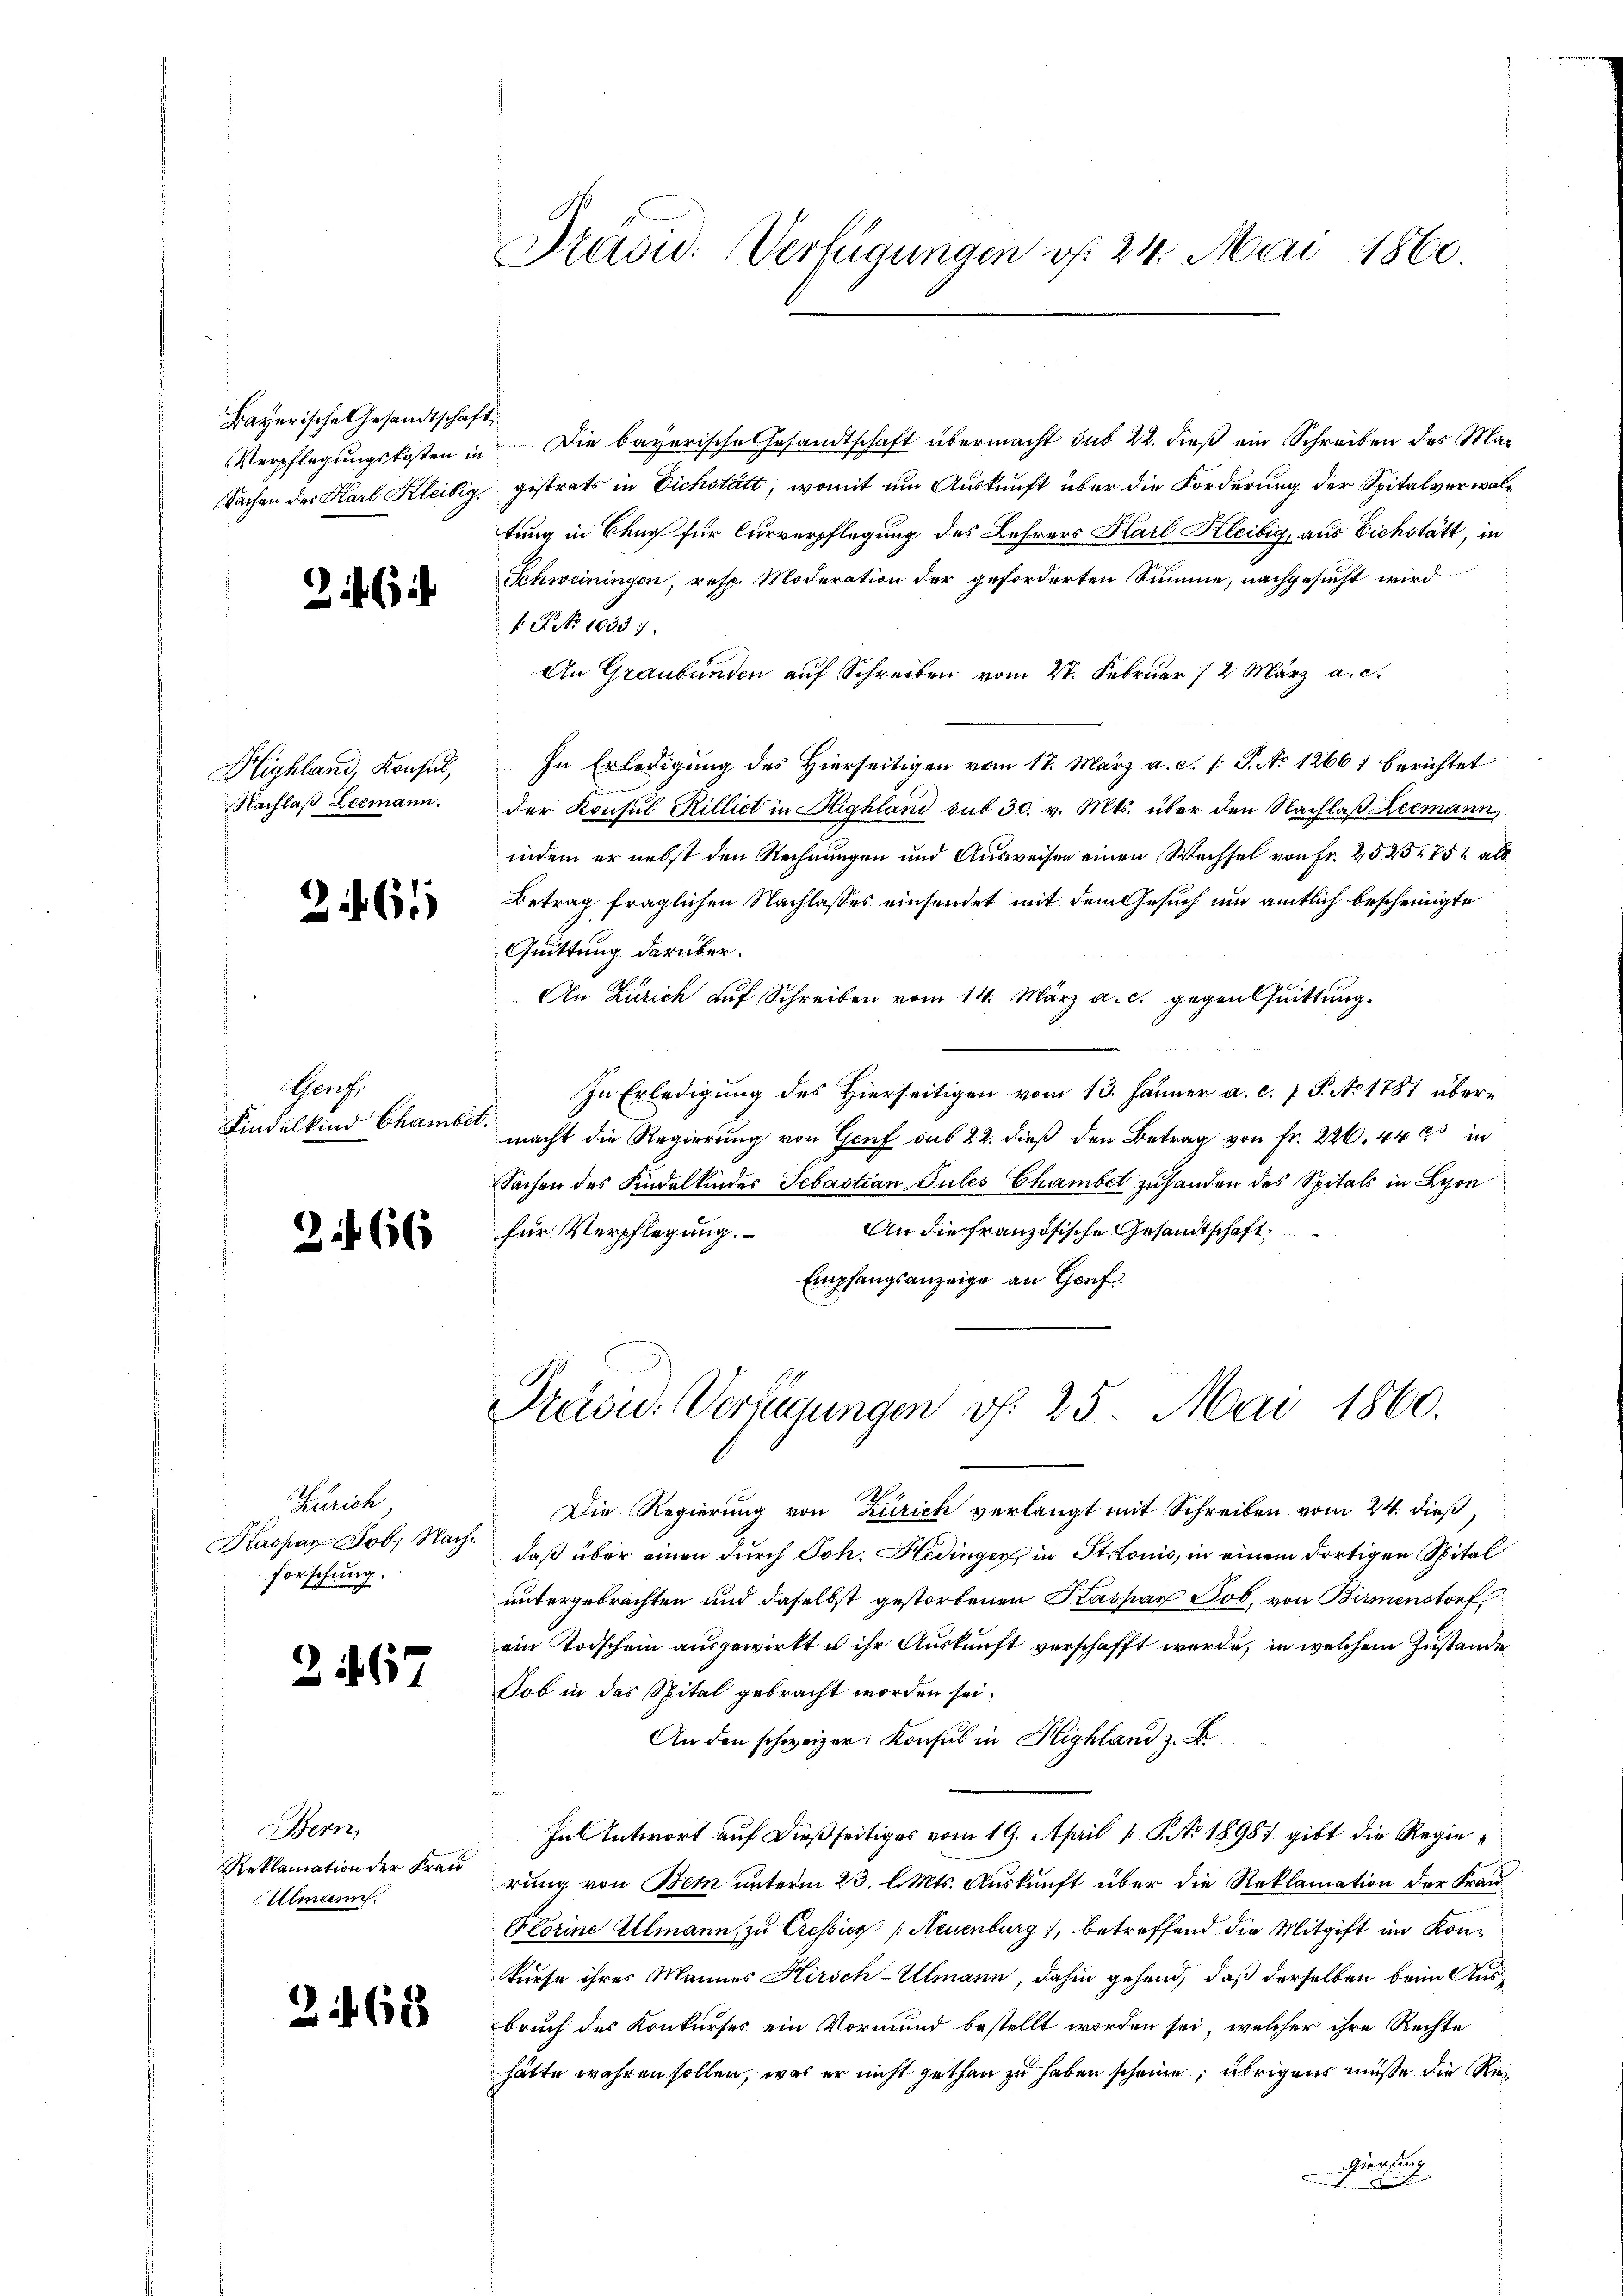
Bayerische Gesandtschaft,

2

Highland, Konsul,

261

Gerz.
Kindelkind Chambet.

366

Zürich
Haspar Job. Nachforschung.

2467

Bern,
Reklamation der Frau
Ullmann.

2168

Verpflegungskosten in Die bayerische Gesandtschaft übermacht sub 22. dieß ein Schreiben des Ma¬
Sachen der Karl Kleidig, gistrats in Eichstätt, womit um Auskunft über die Forderung der Spitalverwaltung in Bauch für Curverpflegung des Lehrers Karl Kleibig, aus Eichstätt, in
Schweiningen, resp. Moderation der geforderten Summe, nachgesucht wird
f No 10331.
An Graubünden auf Schreiben vom 27. Februar 12 März a. c.
In Erledigung des Hierseitigen vom 17. März a. c. s. S. No 12661 berichtet
Nachlaβ Leemann. Der Konsul Rilliet in Highland sub 30. v. Mts. über den Nachlaß Leemann
indem er nebst den Rechnungen und Ausweisen einen Wechsel von Fr. 2525 752 als
Betrag fraglichen Nachlasses einsendet mit dem Gesuch um amtlich bescheinigte
Quittung darüber.
An Zürich auf Schreiben vom 14. März a. c. gegen Quittung.
In Erledigung des Hierseitigen vom 13. Jänner a. c. 7 S. Ao 1781 übere
macht die Regierung von Genf sub 22. dieß den Betrag von Fr. 226. 442 in
Sachen des Findelkinder Sebastian Pules Chambet zu handen des Spitals in Lyon
An die französische Gesandtschaft.
für Verpflegung.
Empfangsanzeige an Genf.

Pravid. Verfügungen v. 24. Mai 1860.

Präsid.. Verfügungen v. 25. Mai 1860.

Die Regierung von Zürich verlangt mit Schreiben vom 24. dieß,
daß über einen durch Joh. Hedinger in Stonis, in einem dortigen Spital
untergebrachten und daselbst gestorbenen Kaspar Job, von Birmenstorf
ein Todschein ausgewirkt u ihr Auskunft verschafft werde, in welchem Zustande
Dob in das Spital gebracht worden sei.
An den schweizer. Konsul in Highland z. B.
Zu Antwort auf dießseitiges vom 19. April 1 S. No 1898) gibt die Regierung von Bern unterm 23. l. Mts. Auskunft über die Reklamation der Fran
Plorine Allmann zu Cressier (Neuenburg, betreffend die Mitgift im Konkurse ihres Mannes Hirsch-Ulmann, dahin gehend, daß derselben beim Ausbruch des Konkurses ein Vormund bestellt worden sei, welcher ihre Rechte
hätte wahren sollen, was er nicht gethan zu haben scheine übrigens müße die Reierfing